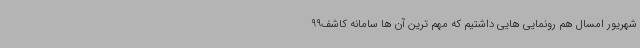
شهریور امسال هم رونمایی هایی داشتیم که مهم ترین آن ها سامانه کاشف99